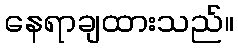
နေရာချထားသည်။